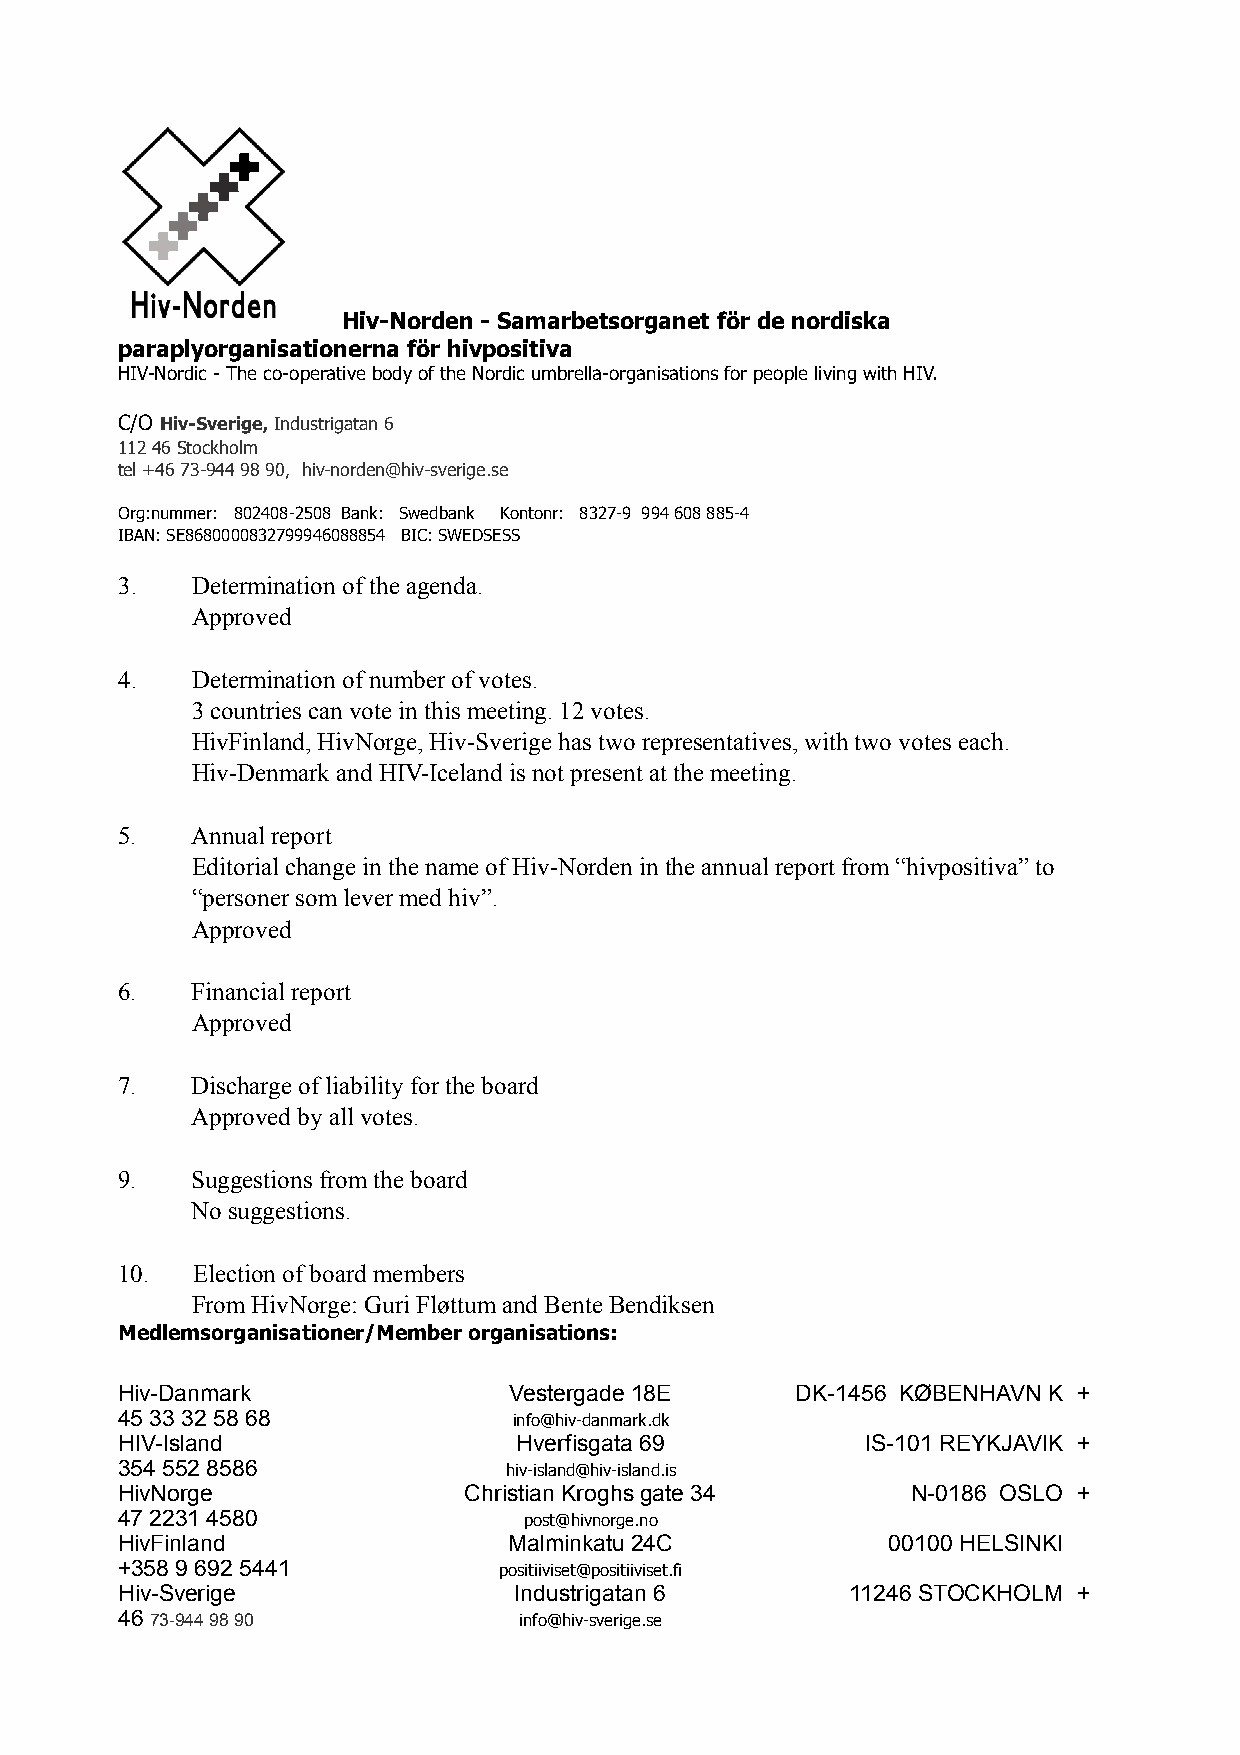
Hiv-Norden - Samarbetsorganet för de nordiska
 paraplyorganisationerna för hivpositiva
 HIV-Nordic - The co-operative body of the Nordic umbrella-organisations for people living with HIV.
 C/O Hiv-Sverige, Industrigatan 6
 112 46 Stockholm
 tel +46 73-944 98 90, hiv-norden@hiv-sverige.se
 Org:nummer: 802408-2508 Bank: Swedbank Kontonr: 8327-9 994 608 885-4
 IBAN: SE8680000832799946088854 BIC: SWEDSESS
 3.   Determination of the agenda.
 Approved
 4.   Determination of number of votes.
 3 countries can vote in this meeting. 12 votes.
 HivFinland, HivNorge, Hiv-Sverige has two representatives, with two votes each.
 Hiv-Denmark and HIV-Iceland is not present at the meeting.
 5.   Annual report
 Editorial change in the name of Hiv-Norden in the annual report from “hivpositiva” to
 “personer som lever med hiv”.
 Approved
 6.   Financial report
 Approved
 7.   Discharge of liability for the board
 Approved by all votes.
 9.   Suggestions from the board
 No suggestions.
 10.  Election of board members
 From HivNorge: Guri Fløttum and Bente Bendiksen
 Medlemsorganisationer/Member organisations:
 Hiv-Danmark               Vestergade 18E     DK-1456 KØBENHAVN K +
 45 33 32 58 68            info@hiv-danmark.dk
 HIV-Island                Hverfisgata 69         IS-101 REYKJAVIK +
 354 552 8586             hiv-island@hiv-island.is
 HivNorge               Christian Kroghs gate 34     N-0186 OSLO +
 47 2231 4580               post@hivnorge.no
 HivFinland                Malminkatu 24C           00100 HELSINKI
 +358 9 692 5441          positiiviset@positiiviset.fi
 Hiv-Sverige               Industrigatan 6       11246 STOCKHOLM +
 46 73-944 98 90           info@hiv-sverige.se